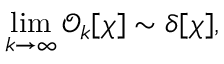
\operatorname * { l i m } _ { k \to \infty } { \mathcal O } _ { k } [ \chi ] \sim \delta [ \chi ] ,